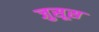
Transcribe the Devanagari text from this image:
जुसूस